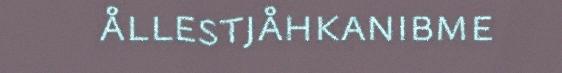
ållestjåhkanibme